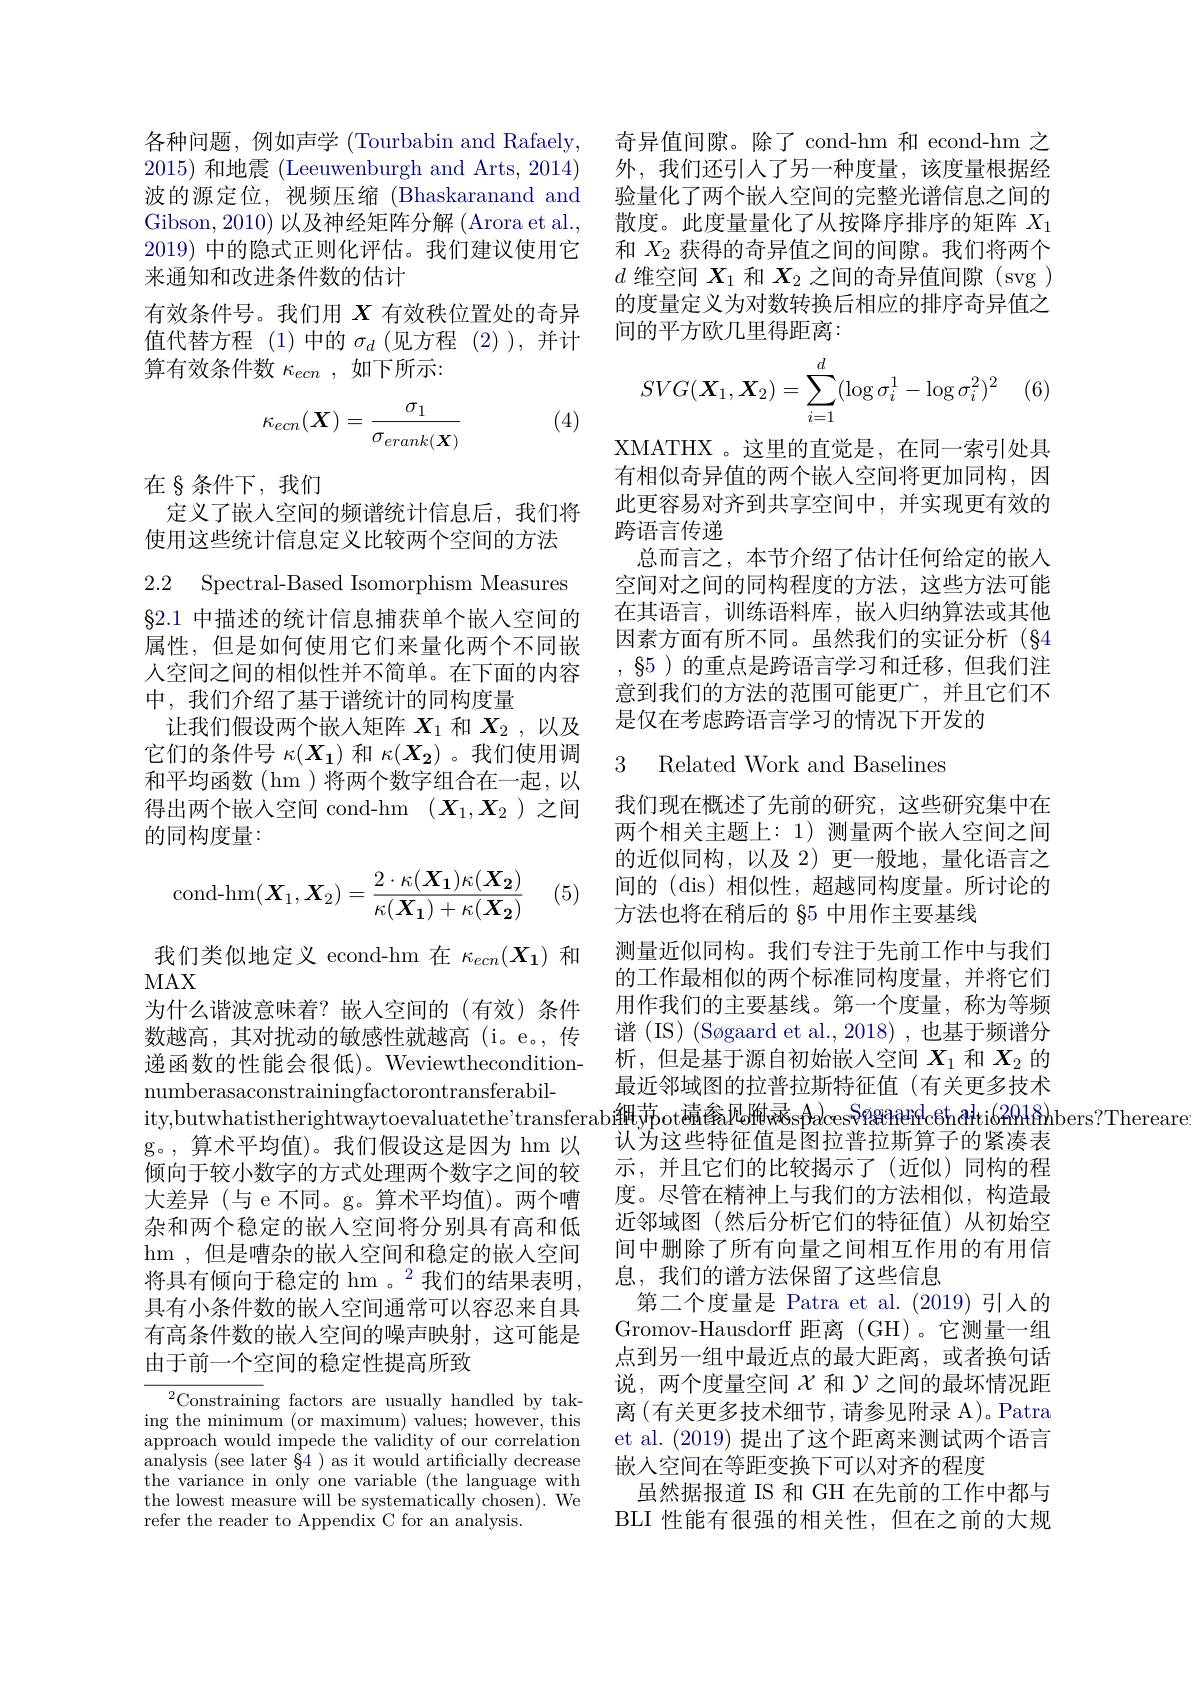
各种问题，例如声学 (Tourbabin and Rafaely, 2015)和地震 (Leeuwenburgh and Arts, 2014) 波的源定位，视频压缩(Bhaskaranand and Gibson, 2010) 以及神经矩阵分解 (Arora et al., 2019) 中的隐式正则化评估。我们建议使用它来通知和改进条件数的估计
有效条件号。我们用$X$有效秩位置处的奇异值代替方程(1)中的$\sigma_d$(见方程(2)),并计算有效条件数$\kappa_{ecn}$,如下所示：

(4)
$$\kappa_{ecn}(\boldsymbol{X})=\frac{\sigma_1}{\sigma_{erank(\boldsymbol{X})}}$$
在 § 条件下，我们

定义了嵌入空间的频谱统计信息后，我们将
使用这些统计信息定义比较两个空间的方法

2.2 Spectral-Based Isomorphism Measures

$\S2.1$中描述的统计信息捕获单个嵌人空间的属性，但是如何使用它们来量化两个不同嵌人空间之间的相似性并不简单。在下面的内容中，我们介绍了基于谱统计的同构度量
让我们假设两个嵌入矩阵$X_1$和$X_2$ ,以及它们的条件号$\kappa(X_1)$和$\kappa(X_2)$ 。我们使用调和平均函数(hm)将两个数字组合在一起，以得出两个嵌入空间 cond-hm $(X_1,X_2$ )之间的同构度量：

(5)
$$\text{cond-hm}(\boldsymbol{X_1},\boldsymbol{X_2})=\dfrac{2\cdot\kappa(\boldsymbol{X_1})\kappa(\boldsymbol{X_2})}{\kappa(\boldsymbol{X_1})+\kappa(\boldsymbol{X_2})}$$
我们类似地定义 econd-hm 在$\kappa_{ecn}(X_1)$和
MAX

为什么谐波意味着？嵌人空间的(有效)条件数越高，其对扰动的敏感性就越高(i。e。,传递函数的性能会很低)。Weviewtheconditionnumberasaconstrainingfactorontransferabil-
ity,butwhatistherightwaytoevaluatethe'transferab細茄otiansferab細 potiansferab細 potiansferab細 $s Aa) cesSraseieird c$eh$ a$Pt$i ( 6\hat{4}$PHRhbers? Thereare
g。,算术平均值)。我们假设这是因为 hm 以倾向于较小数字的方式处理两个数字之间的较大差异(与 e 不同。g。算术平均值)。两个嘈杂和两个稳定的嵌入空间将分别具有高和低hm ,但是嘈杂的嵌入空间和稳定的嵌入空间将具有倾向于稳定的 hm 。$^2$我们的结果表明， 具有小条件数的嵌入空间通常可以容忍来自具有高条件数的嵌入空间的噪声映射，这可能是由于前一个空间的稳定性提高所致

$^{2}$Constraining factors are usually handled by taking the minimum (or maximum) values; however, this approach would impede the validity of our correlation analysis (see later §4 ) as it would artificially decrease the variance in only one variable (the language with the lowest measure will be systematically chosen). We refer the reader to Appendix C for an analysis.

奇异值间隙。除了 cond-hm 和 econd-hm 之外，我们还引人了另一种度量，该度量根据经验量化了两个嵌入空间的完整光谱信息之间的散度。此度量量化了从按降序排序的矩阵$X_{1}$ 和$X_{2}$获得的奇异值之间的间隙。我们将两个$d$维空间$\boldsymbol{X}_1$和$\boldsymbol{X}_2$之间的奇异值间隙 (svg ) 的度量定义为对数转换后相应的排序奇异值之间的平方欧几里得距离：
$$SVG(\boldsymbol{X}_1,\boldsymbol{X}_2)=\sum_{i=1}^d(\log\sigma_i^1-\log\sigma_i^2)^2$$
 {} (6)

XMATHX 。这里的直觉是，在同一索引处具有相似奇异值的两个嵌人空间将更加同构，因此更容易对齐到共享空间中，并实现更有效的跨语言传递
总而言之，本节介绍了估计任何给定的嵌入空间对之间的同构程度的方法，这些方法可能在其语言，训练语料库，嵌入归纳算法或其他因素方面有所不同。虽然我们的实证分析(§4 , $\S 5$ ) $的 重 点 是 跨 语 言 学 习 和 迁 移 , 但 我 们 注$ 意到我们的方法的范围可能更广，并且它们不是仅在考虑跨语言学习的情况下开发的

## 3 Related Work and Baselines

我们现在概述了先前的研究，这些研究集中在两个相关主题上：1)测量两个嵌人空间之间的近似同构，以及 2)更一般地，量化语言之间的 (dis)相似性，超越同构度量。所讨论的方法也将在稍后的 §5 中用作主要基线
测量近似同构。我们专注于先前工作中与我们的工作最相似的两个标准同构度量，并将它们用作我们的主要基线。第一个度量，称为等频谱 (IS) (Søgaard et al.,2018) ,也基于频谱分析，但是基于源自初始嵌入空间$X_1$和$X_2$的最近邻域图的拉普拉斯特征值(有关更多技术认为这些特征值是图拉普拉斯算子的紧凑表示，并且它们的比较揭示了(近似)同构的程度。尽管在精神上与我们的方法相似，构造最近邻域图(然后分析它们的特征值)从初始空间中删除了所有向量之间相互作用的有用信息，我们的谱方法保留了这些信息
第二个度量是 Patra et al.(2019)引入的Gromov-Hausdorff 距离(GH)。它测量一组点到另一组中最近点的最大距离，或者换句话说，两个度量空间$\chi$和$\mathcal{Y}$之间的最坏情况距离(有关更多技术细节，请参见附录 A)。Patra et al. (2019)提出了这个距离来测试两个语言嵌入空间在等距变换下可以对齐的程度
虽然据报道 IS 和 GH 在先前的工作中都与BLI 性能有很强的相关性，但在之前的大规